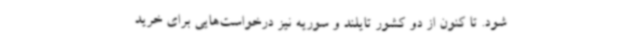
شود. تا کنون از دو کشور تایلند و سوریه نیز درخواست‌هایی برای خرید